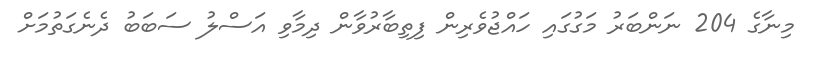
މިނާގެ 204 ނަންބަރު މަގުގައި ހައްޖުވެރިން ފިތިބާރުވާން ދިމާވި އަސްލު ސަބަބު ދެނެގަތުމަށް